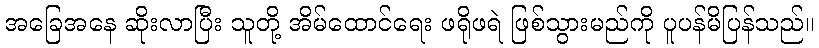
အခြေအနေ ဆိုးလာပြီး သူတို့ အိမ်ထောင်ရေး ဖရိုဖရဲ ဖြစ်သွားမည်ကို ပူပန်မိပြန်သည်။